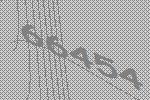
66454